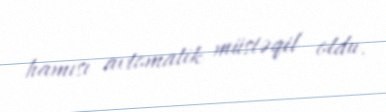
hamısı avtomatik müstəqil oldu.